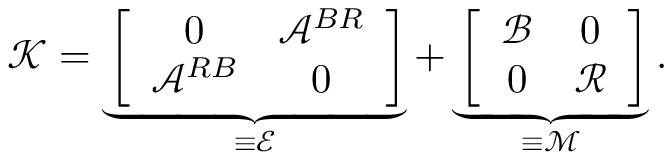
\mathcal { K } = \underbrace { \left[ \begin{array} { c c } { 0 } & { \mathcal { A } ^ { B R } } \\ { \mathcal { A } ^ { R B } } & { 0 } \end{array} \right] } _ { \equiv \mathcal { E } } + \underbrace { \left[ \begin{array} { c c } { \mathcal { B } } & { 0 } \\ { 0 } & { \mathcal { R } } \end{array} \right] } _ { \equiv \mathcal { M } } .